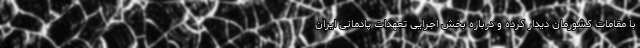
با مقامات کشورمان دیدار کرده و درباره بخش اجرایی تعهدات پادمانی ایران